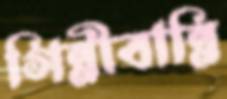
গিন্নীবান্নি